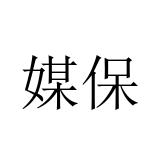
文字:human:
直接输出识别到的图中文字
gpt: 媒保